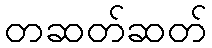
တဆတ်ဆတ်